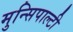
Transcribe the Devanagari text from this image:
मुन्सिपाल्टी